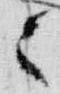
々